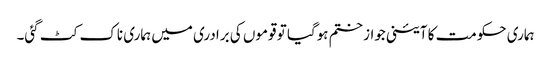
ہماری حکومت کا آئینی جواز ختم ہوگیا تو قوموں کی برادری میں ہماری ناک کٹ گئی۔